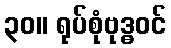
၃၀။ ရုပ်စုံဗုဒ္ဓဝင်